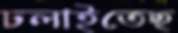
ঢলাইতেছ